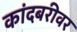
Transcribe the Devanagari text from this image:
कांदबरीवर